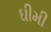
ઘીમી